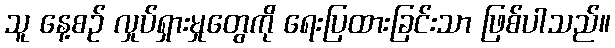
သူ နေ့စဉ် လှုပ်ရှားမှုတွေကို ရေးပြထားခြင်းသာ ဖြစ်ပါသည်။